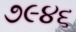
૭૯૪૬